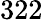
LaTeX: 322